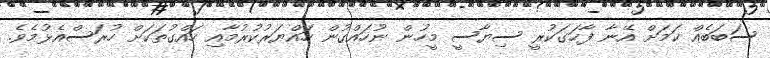
ސަބަބެއް ކަމަށް އޭނާ ފާހަގަކުރީ ސިޔާސީ މީހުން ނުހައްގުން ހައްޔަރުކުރުމާއި ހައްގުތަކަށް ހުރަސްއެޅުމެވެ.